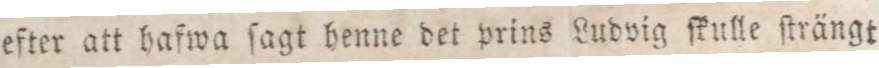
efter att hafwa ſagt henne det prins Ludvig ſkulle ſträngt